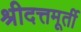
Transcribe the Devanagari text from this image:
श्रीदत्तमूर्ती